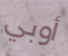
أوبي